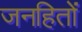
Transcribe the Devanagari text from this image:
जनहितों